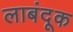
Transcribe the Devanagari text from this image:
लाबंदूक